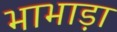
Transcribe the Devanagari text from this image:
भाभाड़ा